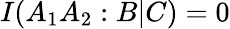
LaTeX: I(A_{1}A_{2}:B|C)=0